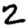
Digit: 2